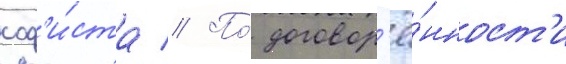
соф'и́ста // По́ договор'ё́нност'и